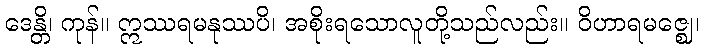
ဒေန္တိ၊ ကုန်။ ဣဿရမနုဿပိ၊ အစိုးရသောလူတို့သည်လည်း။ ဝိဟာရမဇ္ဈေ၊